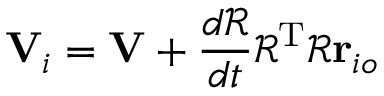
\mathbf { V } _ { i } = \mathbf { V } + { \frac { d { \mathcal { R } } } { d t } } { \mathcal { R } } ^ { \mathrm { T } } { \mathcal { R } } \mathbf { r } _ { i o }